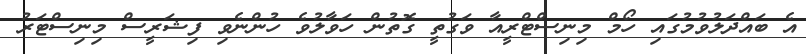
އެ ބައްދަލުވުމުގައި ހޯމް މިނިސްޓްރީއާ ވަގުތީ ގޮތުން ހަވާލުވެ ހުންނެވި ފިޝަރީސް މިނިސްޓަރު